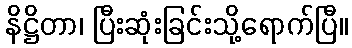
နိဋ္ဌိတာ၊ ပြီးဆုံးခြင်းသို့ရောက်ပြီ။